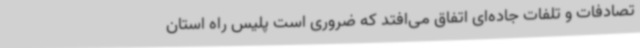
تصادفات و تلفات جاده‌ای اتفاق می‌افتد که ضروری است پلیس راه استان